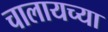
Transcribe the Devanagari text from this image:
चालायच्या